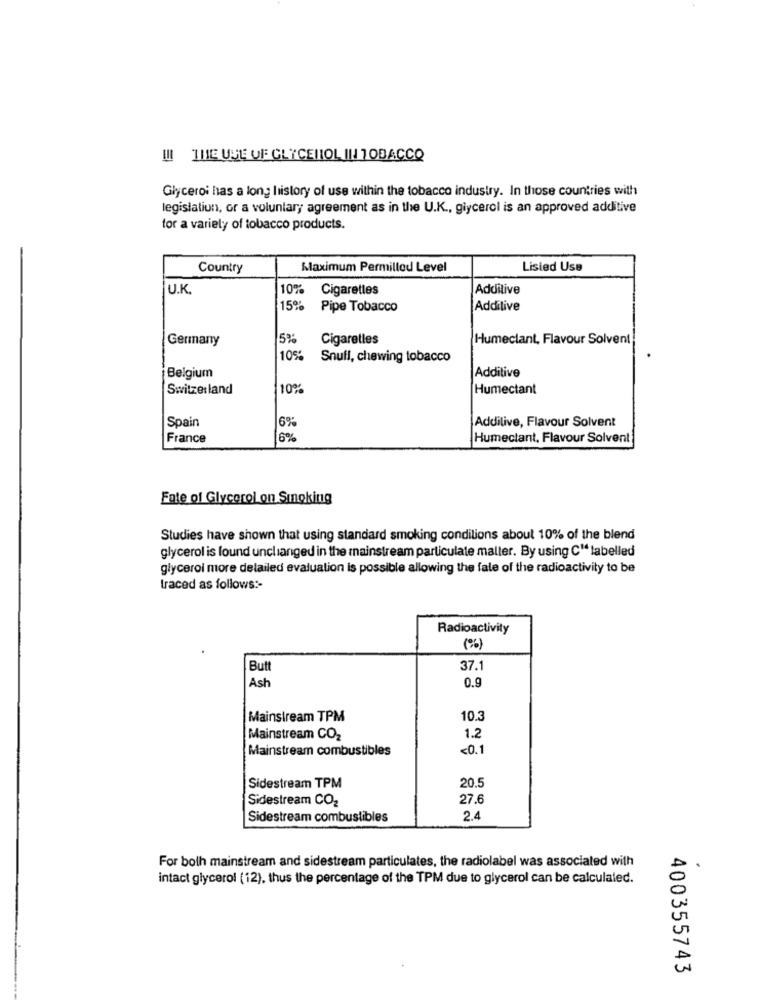
II THE USE OF GLYCEROL IN TOBACCO
Glyceroi has a long history of use within the tobacco industry. In those countries with
legislation, or a voluntary agreement as in the U.K ., glycerol is an approved additive
for a variety of tobacco products.
Country
Maximum Permillod Level
Lisied Use
U.K.
10%
Cigarettes
Additive
15%
Pipe Tobacco
Additive
Germany
5%
Cigaretles
Humeclant, Flavour Solvent!
10%
Snufl, chewing tobacco
Additive
Belgium
Switzerland
10%
Humectant
Spain
6%
Additive, Flavour Solvent
France
6%
Humectant, Flavour Solvent
Fate of Glycerol on Singking
Studies have shown that using standard smoking conditions about 10% of the blend
glycerol is found unchanged in the mainstream particulate maller. By using C" labelled
glycerol more detailed evaluation is possible allowing the fate of the radioactivity to be
traced as follows :-
Radioactivity
(%)
Butt
37.1
Ash
0.9
Mainstream TPM
10.3
Mainstream CO2
1.2
Mainstream combustibles
<0.1
20.5
Sidestream TPM
Sidestream CO2
27.6
Sidestream combustibles
2.4
For both mainstream and sidestream particulates, the radiolabel was associated with
intact glycerol (12), thus the percentage of the TPM due to glycerol can be calculated.
400355743